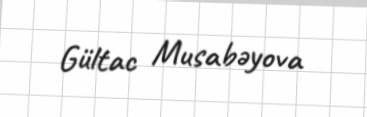
Gültac Musabəyova